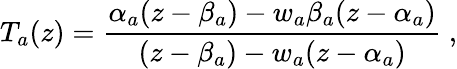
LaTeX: T_{a}(z)=\frac{\alpha_{a}(z-\beta_{a})-w_{a}\beta_{a}(z-\alpha_{a})}{(z-\beta_{a})-w_{a}(z-\alpha_{a})}\ ,